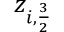
z _ { i , \frac { 3 } { 2 } }